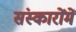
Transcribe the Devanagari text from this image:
संस्कारोंमें